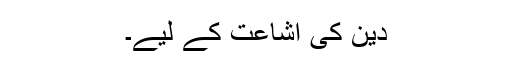
دین کی اشاعت کے لیے۔